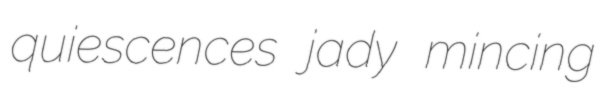
quiescences jady mincing